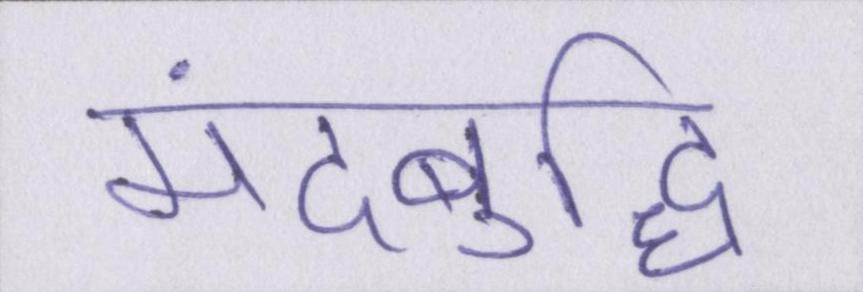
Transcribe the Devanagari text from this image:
मंदबुद्धि